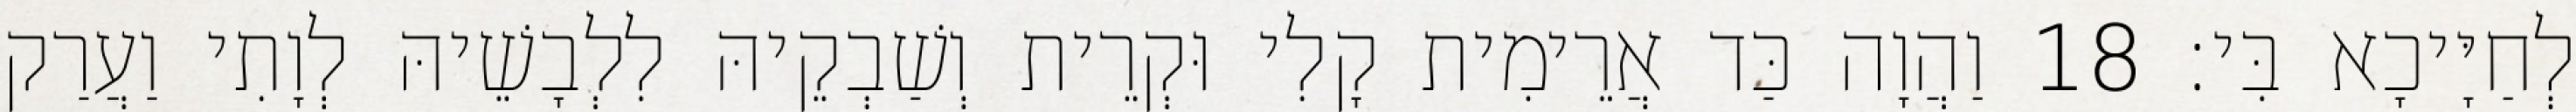
לְחַיָּיכָא בִּי׃ 18 וַהֲוָה כַּד אֲרֵימִית קָלִי וּקְרֵית וְשַׁבְקֵיהּ לִלְבָשֵׁיהּ לְוָתִי וַעֲרַק